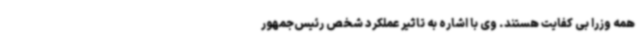
همه وزرا بی کفایت هستند. وی با اشاره به تاثیر عملکرد شخص رئیس‌جمهور